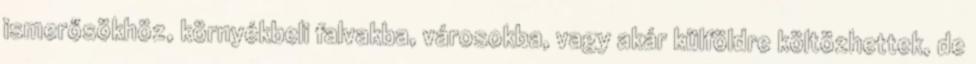
ismerősökhöz, környékbeli falvakba, városokba, vagy akár külföldre költözhettek, de